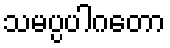
သမပ္ပပါဂတော